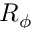
R _ { \phi }